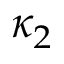
\kappa _ { 2 }